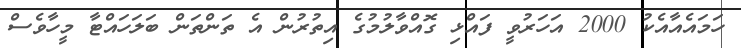
ހަމައެއާއެކު 2000 އަހަރުވީ ފައްޅި ގޮއްވާލުމުގެ އިތުރުން އެ ތަންތަން ބަލަހައްޓާ މީހާވެސް